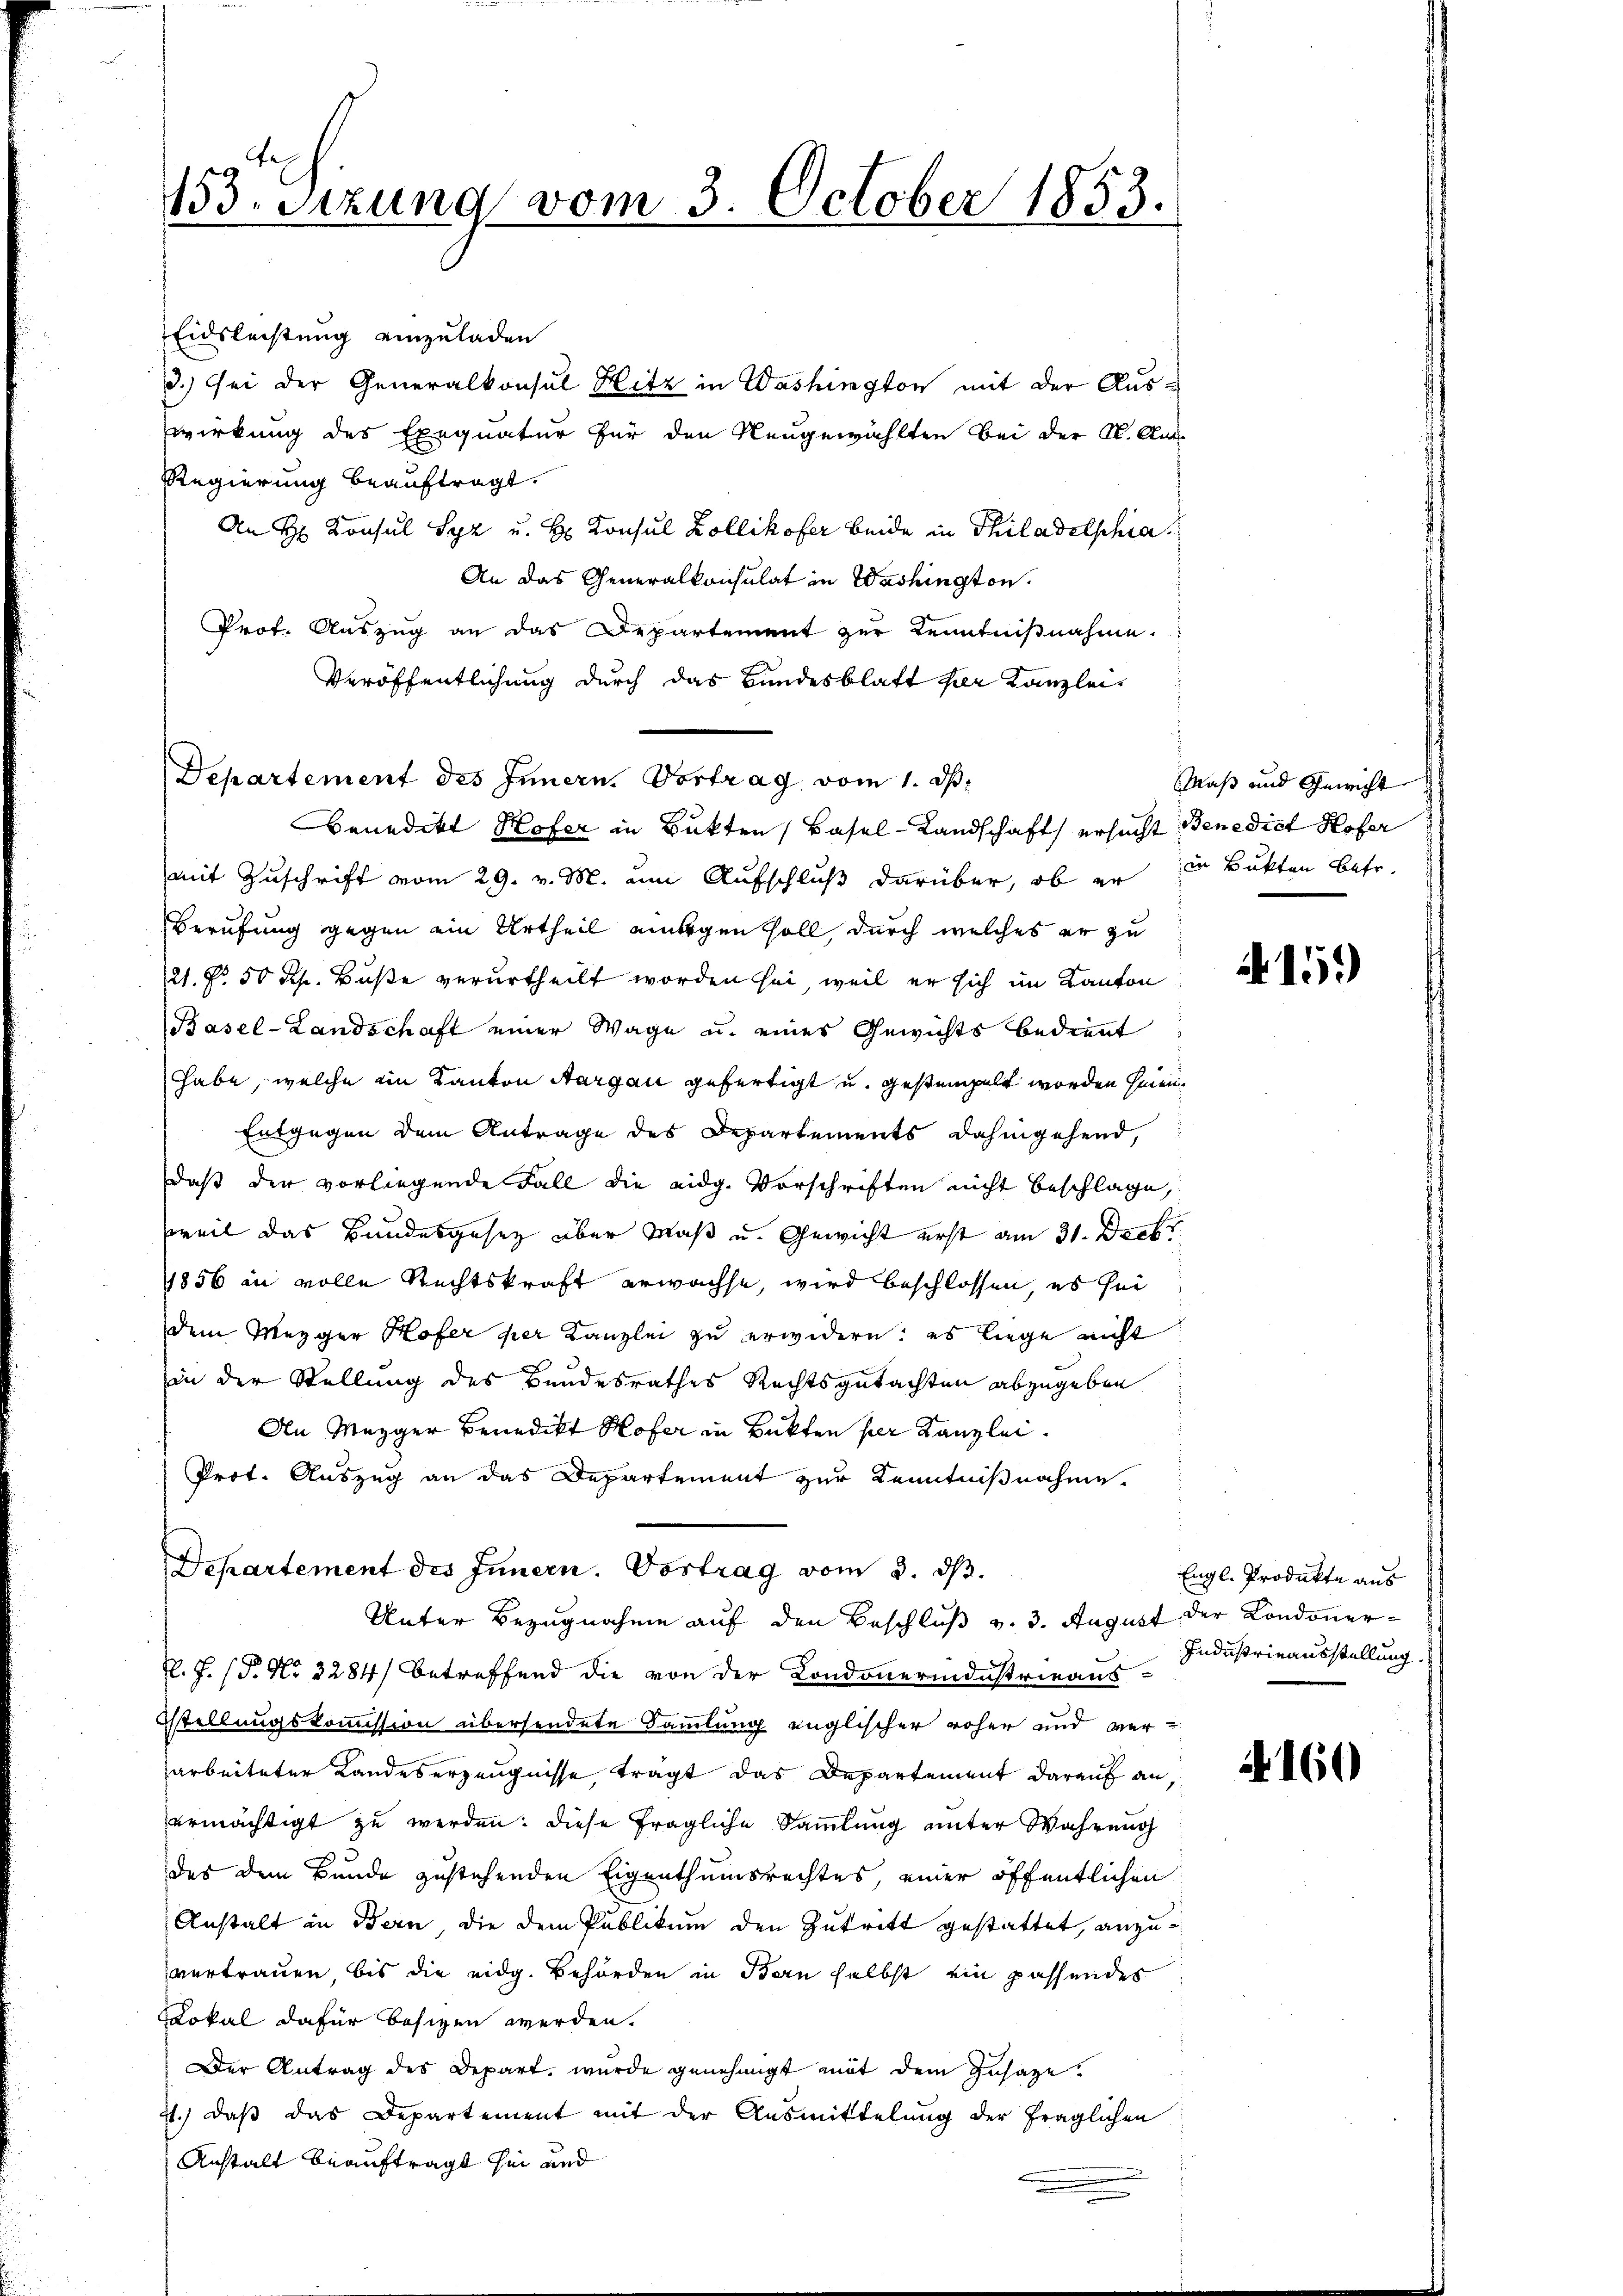
Eidsleistung einzuladen
3.) Sei der Generalkonsul Hitz in Washington mit der Auswirkung des Exequatur für den Neugewählten bei der K. An-
Regierung beauftragt.
An Konsul Syz u. H. Konsul Zollikofer beide in Thiladelphia
An das Generalkonsulat in Washington
Prof. Auszug an das Departement zŭr Kenntniβnahme.
Veröffentlichung durch das Bundesblatt der Kanzlei
Departement des Innern. Vortrag vom 1. d.
Benedikt Hofer in Bukten Basel-Landschaft ersucht Benedict Hofer
mit Zuschrift vom 29. v. M. um Aufschluß darüber, ob er in Bukten Betr.
Berufung gegen ein Urtheil morgen soll, durch welches er zu
21. No. 50 Rp. Buße verurtheilt worden sei, weil er sich im Kanton
Basel-Landschaft einer Wage u. eines Gewichts bedient
habe, welche in Kanton Aargau gefertigt u. gestempelt worden hinen.
Entgegen dem Antrage des Departements dahingehend,
daß der vorliegende Fall die eidg. Vorschriften nicht beschlage,
weil das Bundesgesetz über Maß u. Gewicht erst am 31. Decbr
1856 in volle Rechtskraft erwachse, wird beschlossen, es sei
dem Mezger Hofer per Kanzlei zu erwidern: es liege nicht
2
in der Stellung des Bundesrathes Rechtsgutachten abzugeben
An Mezger Benedikt Hofer in Bakten per Kanzlei.
Prot. Auszug an das Departement zur Kenntnißnahme.
Departement des Innern. Vortrag vom 3. ds.
Unter Bezugnahme auf den Beschluß v. 3. August der Condoner-
F. J. (T. No 3284) betreffend die von der Kondonerindustrieaus-
Stellungskommission übersendete Sammlung englischer roher und ver-
arbeiteter Landeserzeugnisse, trägt das Departement darauf an
ermächtigt zu werden. Diese fragliche Sammlung unter Wahrung
des dem Bunde zustehenden Eigenthumsrechtes, einer öffentlichen
Anstalt in Bern, die dem Publikum den Zutritt gestattet, anzuvertrauen, bis die eidg. Behörden in Bern selbst ein passendes
Lokal dafür besizen werden.
Der Antrag des Depart wurde genehmigt mit dem Zusage.
21.) daß das Departement mit der Ausmittelung der fraglichen
Anstalt beauftragt sei und

153. Sitzung vom 3. October 1853.

Maß und Gewicht

A 15.

Engl. Produkte aus
Industrieausstellung.

N 160